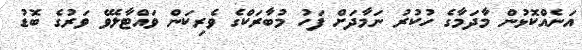
އަނެއްކޮޅުން މާދަމާގެ ހުކުރު ނަމާދަށް ފަހު މުބާރަކްގެ ވެރިކަން ވައްޓާލެވޭ ވަރުގެ ބޮޑު